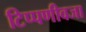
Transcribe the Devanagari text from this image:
टिप्पणीवजा